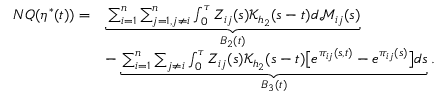
\begin{array} { r l } { N Q ( \eta ^ { * } ( t ) ) = } & { \underbrace { \sum _ { i = 1 } ^ { n } \sum _ { j = 1 , j \neq i } ^ { n } \int _ { 0 } ^ { \tau } Z _ { i j } ( s ) \mathcal { K } _ { h _ { 2 } } ( s - t ) d \mathcal { M } _ { i j } ( s ) } _ { B _ { 2 } ( t ) } } \\ & { - \underbrace { \sum _ { i = 1 } ^ { n } \sum _ { j \neq i } \int _ { 0 } ^ { \tau } Z _ { i j } ( s ) \mathcal { K } _ { h _ { 2 } } ( s - t ) \big [ e ^ { \pi _ { i j } ( s , t ) } - e ^ { \pi _ { i j } ( s ) } \big ] d s } _ { B _ { 3 } ( t ) } . } \end{array}